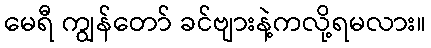
မေရီ ကျွန်တော် ခင်ဗျားနဲ့ကလို့ရမလား။